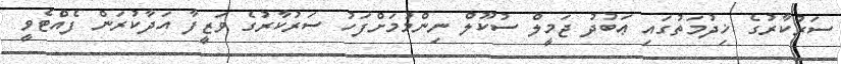
ސަރުކާރުގެ ޚިދުމަތުގައި ޢަބުދު ޖަމީލް ސުކޫލް ނިންމުމަށްފަހު ސަރުކާރުގެ ވަޒީފާ އަދާކުރަން ފެއްޓެވީ